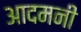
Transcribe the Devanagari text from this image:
आदमनी